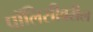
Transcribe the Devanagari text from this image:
पॉलिसीवरील